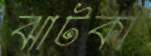
ঝাটকা